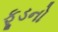
ફૂડનો